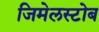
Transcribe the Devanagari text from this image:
जिमेलस्टोब